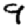
Digit: 9